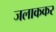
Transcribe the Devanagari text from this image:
जलाककर